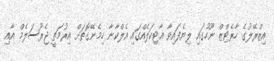
އިޒްރޭލުގެ ހާރެޓްޒް ނޫހުގައި ލިޔެފައިވާ އާޓިކަލެއްގައި އެލްކާނާ ހިމެނޭގޮތަށް އިރުމަތީ ޖެރޫސަލެމް އާއި